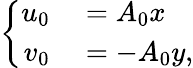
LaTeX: \left\{ \begin{array}{rl}{u_{0}}&{{}=A_{0}x}\\ {v_{0}}&{{}=-A_{0}y,}\end{array}\right.